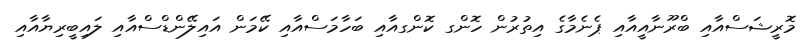
މޮރީޝަސްއާއި ބްރޫނާއީއާއި ޕެނެމާގެ އިތުރުން ހޮންގ ކޮންގއާއި ބަހާމަސްއާއި ކޭމަން އައިލޭންޑްސްއާއި ލައިބީރިޔާއާއި